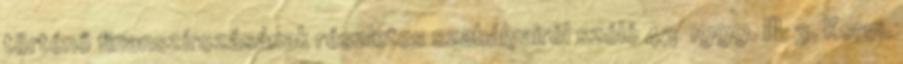
történő finanszírozásának részletes szabályairól szóló 43 1999. III. 3. Korm.